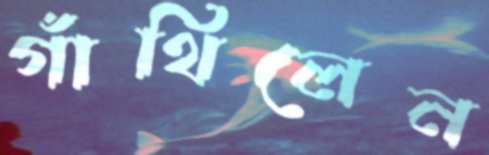
গাঁথিলেন